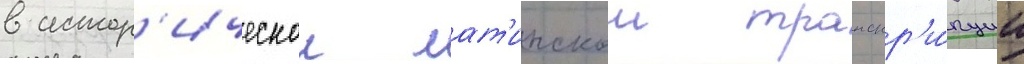
в истор'ическои лат'инскои транскр'и́пции